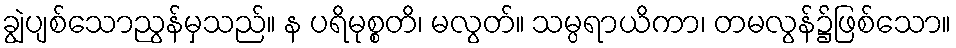
ချွဲပျစ်သောညွန်မှသည်။ န ပရိမုစ္စတိ၊ မလွတ်။ သမ္ပရာယိကာ၊ တမလွန်၌ဖြစ်သော။